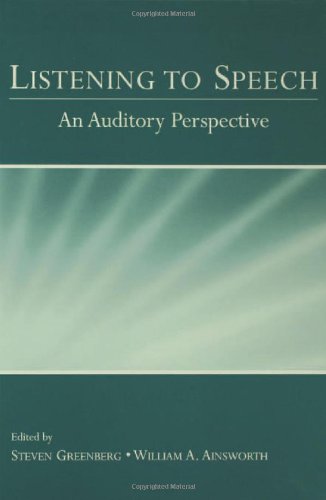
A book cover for Listening To Speech: An Auditory Perspective.; Computers & Technology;